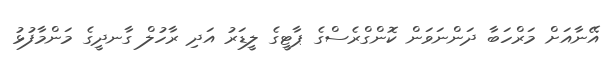
އޭނާއަށް މަރްހަބާ ދަންނަވަން ކޮންގްރެސްގެ ޕާޓީގެ ލީޑަރު އަދި ރާހުލް ގާނދީގެ މަންމާފުޅު